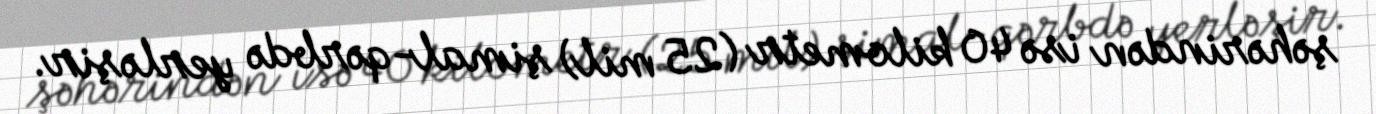
şəhərindən isə 40 kilometr (25 mil) şimal-qərbdə yerləşir.